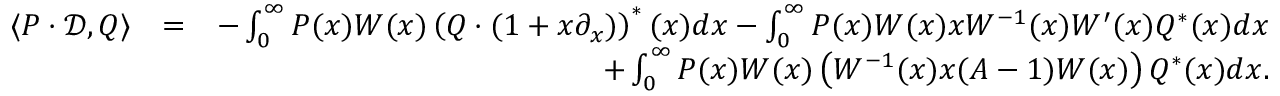
\begin{array} { r l r } { \langle P \cdot \mathcal { D } , Q \rangle } & { = } & { - \int _ { 0 } ^ { \infty } P ( x ) W ( x ) \left( Q \cdot ( 1 + x \partial _ { x } ) \right) ^ { \ast } ( x ) d x - \int _ { 0 } ^ { \infty } P ( x ) W ( x ) x W ^ { - 1 } ( x ) W ^ { \prime } ( x ) Q ^ { \ast } ( x ) d x } \\ & { } & { + \int _ { 0 } ^ { \infty } P ( x ) W ( x ) \left( W ^ { - 1 } ( x ) x ( A - 1 ) W ( x ) \right) Q ^ { \ast } ( x ) d x . } \end{array}